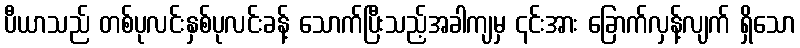
ပီယာသည် တစ်ပုလင်းနှစ်ပုလင်းခန့် သောက်ပြီးသည့်အခါကျမှ ၎င်းအား ခြောက်လှန့်လျက် ရှိသော